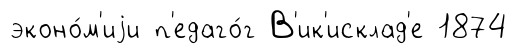
эконо́м'иjи п'едаго́г В'ик'исклад'е 1874